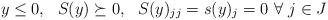
LaTeX: \begin{align*} y \le 0, \ \ S(y) \succeq 0, \ \ S(y)_{jj} = s(y)_j = 0 \ \forall \ j \in J\end{align*}